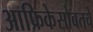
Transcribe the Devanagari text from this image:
आफ्रिकेसोबतचे